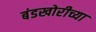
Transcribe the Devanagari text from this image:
बंडखोरीच्या